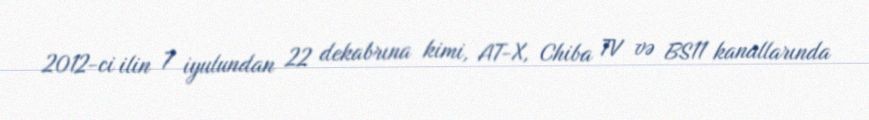
2012-ci ilin 7 iyulundan 22 dekabrına kimi, AT-X, Chiba TV və BS11 kanallarında